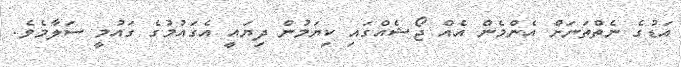
އަޑުގެ ނެތްތަނަށް އެންމެން އެއް ޖޯޝެއްގައި ކިޔަމުން ދިޔައީ އެގައުމުގެ ގައުމީ ސަލާމެވެ.